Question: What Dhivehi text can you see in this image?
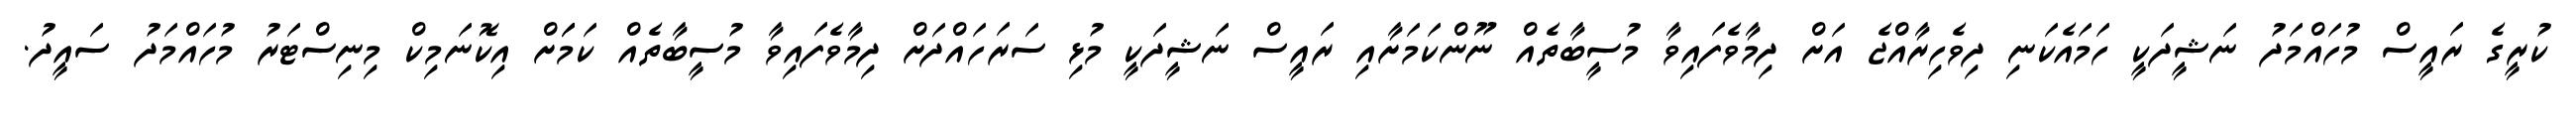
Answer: ކުރީގެ ރައީސް މުހައްމަދު ނަޝީދަކީ ހަމައެކަނި ދިވެހިރާއްޖެ އަށް ދިމާވެފައިވާ މުސީބާތެއް ނޫންކަމަށާއި ރައީސް ނަޝީދަކީ މުޅި ސަރަހައްދަށް ދިމާވެފައިވާ މުސީބާތެއް ކަމަަށް އިކޮނަމިކް މިނިސްޓަރު މުހައްމަދު ސައީދު.